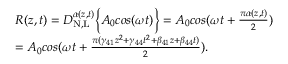
\begin{array} { r l } & { R ( z , t ) = D _ { \mathrm { N , L } } ^ { \alpha ( z , t ) } \bigg \{ { A _ { 0 } c o s ( \omega t ) \bigg \} } = A _ { 0 } c o s ( \omega t + \frac { \pi \alpha ( z , t ) } { 2 } ) } \\ & { = A _ { 0 } c o s ( \omega t + \frac { \pi ( \gamma _ { 4 1 } z ^ { 2 } + \gamma _ { 4 4 } t ^ { 2 } + \beta _ { 4 1 } z + \beta _ { 4 4 } t ) } { 2 } ) . } \end{array}